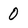
Character: 0